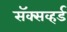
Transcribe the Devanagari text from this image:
सॅक्सव्हर्ड